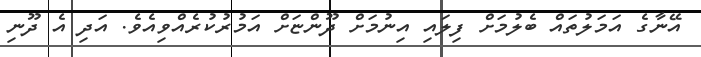
އޭނާގެ އަމަލުތައް ބެލުމަށް ފިލައި އިނުމަށް ދޫންޏަށް އަމުރުކުރެއްވިއެވެ. އަދި އެ ދޫނި